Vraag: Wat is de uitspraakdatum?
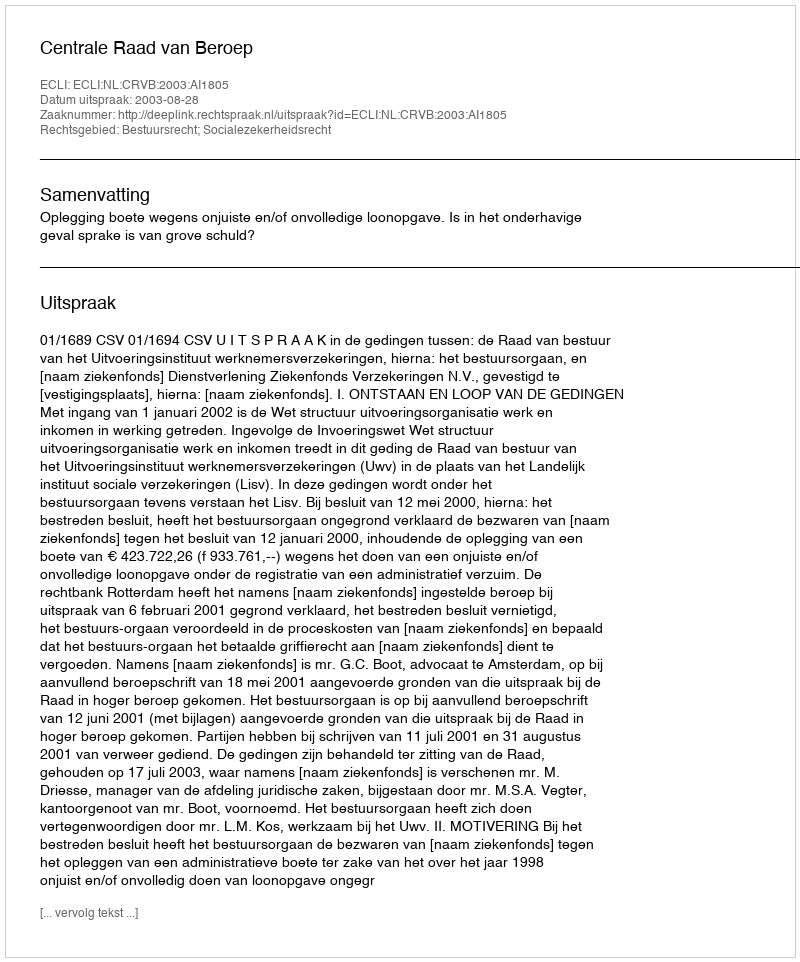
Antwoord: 2003-08-28